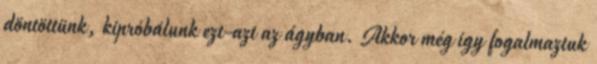
döntöttünk, kipróbálunk ezt-azt az ágyban. Akkor még így fogalmaztuk